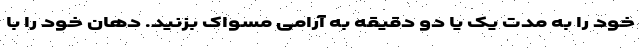
خود را به مدت یک یا دو دقیقه به آرامی مسواک بزنید. دهان خود را با